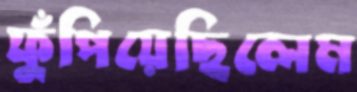
ফুঁপিয়েছিলেম